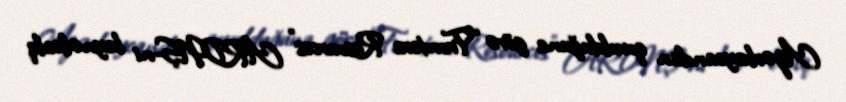
Azərbaycandan qovulduğuna görə “Frontera Resources” ARDNŞ-ni beynəlxalq